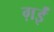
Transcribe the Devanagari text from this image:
ग़ईं